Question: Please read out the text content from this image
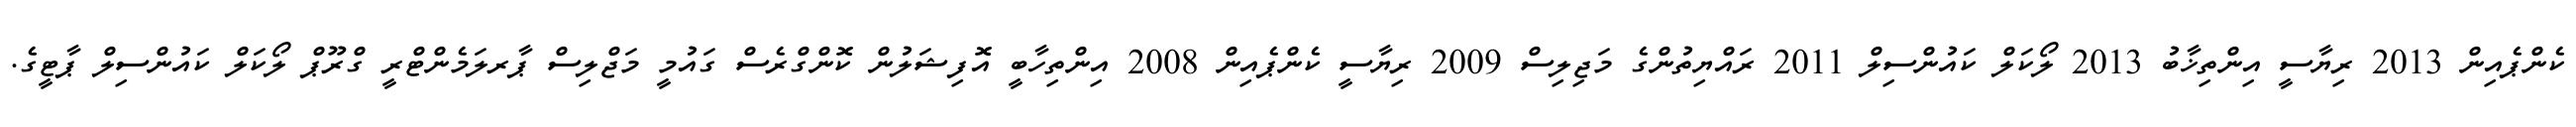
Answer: ކެންޕެއިން 2013 ރިޔާސީ އިންތިޚާބު 2013 ލޯކަލް ކައުންސިލް 2011 ރައްޔިތުންގެ މަޖިލިސް 2009 ރިޔާސީ ކެންޕެއިން 2008 އިންތިހާބީ އޮފިޝަލުން ކޮންގްރެސް ގައުމީ މަޖްލިސް ޕާރލަމެންޓްރީ ގްރޫޕް ލޯކަލް ކައުންސިލް ޕާޓީގެ.